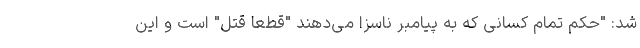
شد: "حکم تمام کسانی که به پیامبر ناسزا می‌دهند "قطعا قتل" است و این